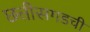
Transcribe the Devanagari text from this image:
छत्तीसगडची